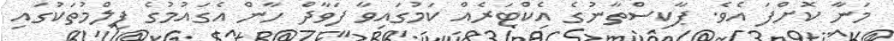
މަނާ ކޮށްފަ އެވެ. ޕާކިސްތާނުގެ އެކްޓަރެއް ކަމުގައިވާ ފަވާދް ހާން އެގައުމުގެ ފިލްމުތަކުގައި